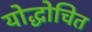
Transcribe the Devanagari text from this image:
योद्धोचित